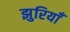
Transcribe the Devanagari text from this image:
झुरियाँ